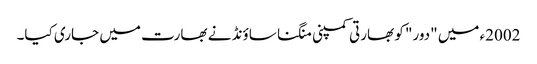
2002ء میں "دور" کو بھارتی کمپنی منگنا ساؤنڈ نے بھارت میں جاری کیا۔